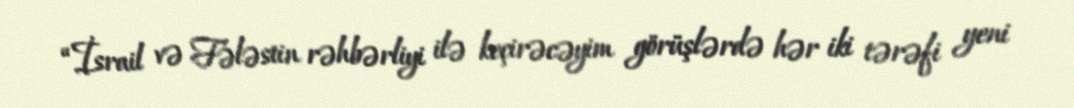
“İsrail və Fələstin rəhbərliyi ilə keçirəcəyim görüşlərdə hər iki tərəfi yeni